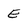
Character: E